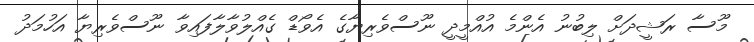
މޫސާ ރަޝީދަށް ލިބުނު އެންމެ އުއްމީދީ ނޫސްވެރިޔާގެ އެވޯޑް ގެއްލުވާލާފައިވާ ނޫސްވެރިޔާ އަހުމަދު